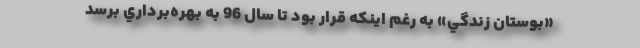
«بوستان زندگي» به ‌رغم اينكه قرار بود تا سال 96 به بهره‌برداري برسد